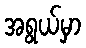
အရွယ်မှာ